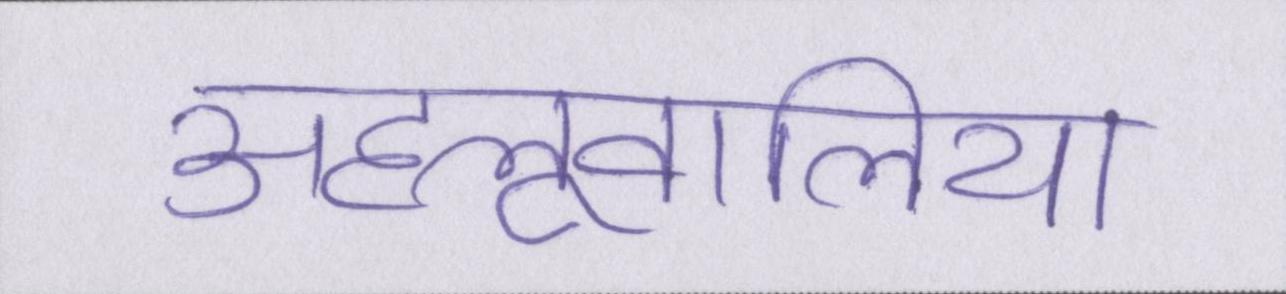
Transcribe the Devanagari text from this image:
अहलूवालिया